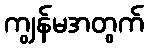
ကျွန်မအတွက်